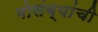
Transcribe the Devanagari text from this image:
मोसंब्यांची